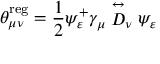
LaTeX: \theta _ { \mu \nu } ^ { \mathrm { r e g } } = \frac 1 2 \psi _ { \varepsilon } ^ { + } \gamma _ { \mu } \stackrel { \leftrightarrow } { D } _ { \nu } \psi _ { \varepsilon }